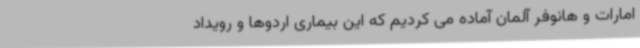
امارات و هانوفر آلمان آماده می کردیم که این بیماری اردوها و رویداد